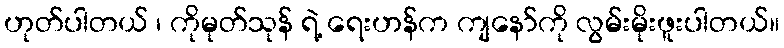
ဟုတ်ပါတယ် ၊ ကိုမုတ်သုန် ရဲ့ ရေးဟန်က ကျနော်ကို လွမ်းမိုးဖူးပါတယ်။